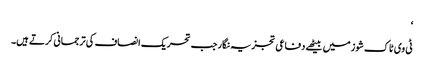
‘
ٹی وی ٹاک شوز میں بیٹھے دفاعی تجزیہ نگار جب تحریک انصاف کی ترجمانی کرتے ہیں۔